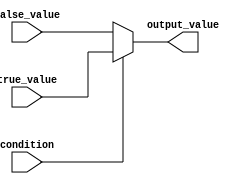
module ternary_operator (
    input wire condition,
    input wire [31:0] true_value,
    input wire [31:0] false_value,
    output reg [31:0] output_value
);

always @(*)
begin
    output_value = (condition) ? true_value : false_value;
end

endmodule